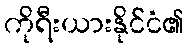
ကိုရီးယားနိုင်ငံ၏